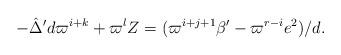
LaTeX: \begin{align*}-\hat{\Delta}' d\varpi^{i+k}+\varpi^l Z=(\varpi^{i+j+1}\beta'-\varpi^{r-i}e^2)/d.\end{align*}